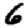
Digit: 6